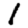
Digit: 1